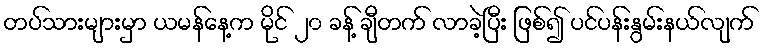
တပ်သားများမှာ ယမန်နေ့က မိုင် ၂၀ ခန့် ချီတက် လာခဲ့ပြီး ဖြစ်၍ ပင်ပန်းနွမ်းနယ်လျက်